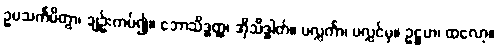
ဥပသင်္ကမိတွာ၊ ချဉ်းကပ်၍။ ဘောသိဒ္ဓတ္ထ၊ အိုသိဒ္ဓါတ်။ ပလ္လင်္ကာ၊ ပလ္လင်မှ။ ဥဋ္ဌဟ၊ ထလော့။